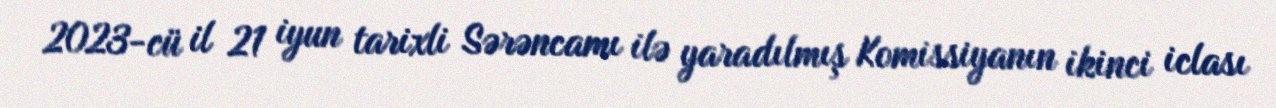
2023-cü il 21 iyun tarixli Sərəncamı ilə yaradılmış Komissiyanın ikinci iclası